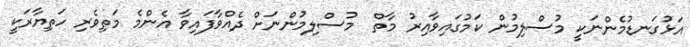
އަޅުގަނޑުމެންނަކީ މުސްލިމުން ކަމުގައިވާއިރު މާތް  މުސްލިމުންނަށް ދެއްވާފައިވާ އެންމެ މަތިވެރި ހަތިޔާރަކީ